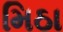
મિઠા